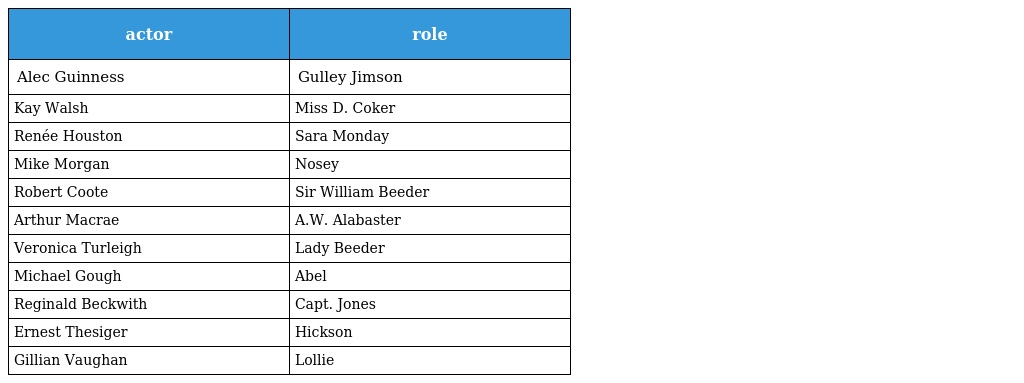
| actor | role |
 | --- | --- |
 | Alec Guinness | Gulley Jimson |
 | Kay Walsh | Miss D. Coker |
 | Renée Houston | Sara Monday |
 | Mike Morgan | Nosey |
 | Robert Coote | Sir William Beeder |
 | Arthur Macrae | A.W. Alabaster |
 | Veronica Turleigh | Lady Beeder |
 | Michael Gough | Abel |
 | Reginald Beckwith | Capt. Jones |
 | Ernest Thesiger | Hickson |
 | Gillian Vaughan | Lollie |